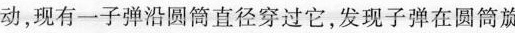
动，现有一子弹沿圆筒直径穿过它，发现子弹在圆筒旋